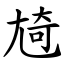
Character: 㞆